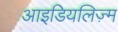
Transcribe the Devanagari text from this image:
आइडियलिज़्म